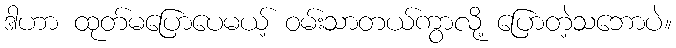
ဒါဟာ ထုတ်မပြောပေမယ့် ဝမ်းသာတယ်ကွာလို့ ပြောတဲ့သဘောပဲ။